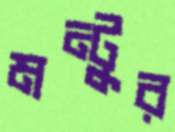
মন্টুর